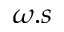
\omega . s